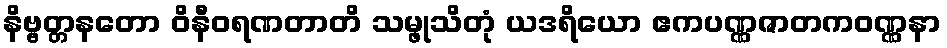
နိဗ္ဗတ္တနတော ဝိနီဝရဏတာတိ သမ္ဖုသိတုံ ယဒရိယော ဧကပဏ္ဏဇာတကဝဏ္ဏနာ